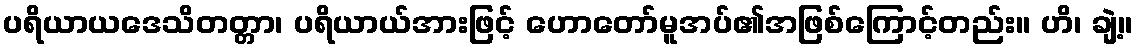
ပရိယာယဒေသိတတ္တာ၊ ပရိယာယ်အားဖြင့် ဟောတော်မူအပ်၏အဖြစ်ကြောင့်တည်း။ ဟိ၊ ချဲ့။